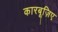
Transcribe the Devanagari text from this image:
कारबूज़िए